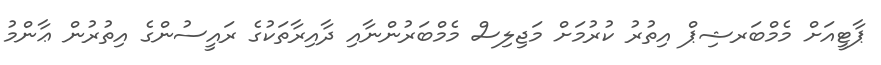
ޕާޓީއަށް މެމްބަރޝިޕް އިތުރު ކުރުމަށް މަޖިލިސް މެމްބަރުންނާއި ދާއިރާތަކުގެ ރައީސުންގެ އިތުރުން ޢާންމު